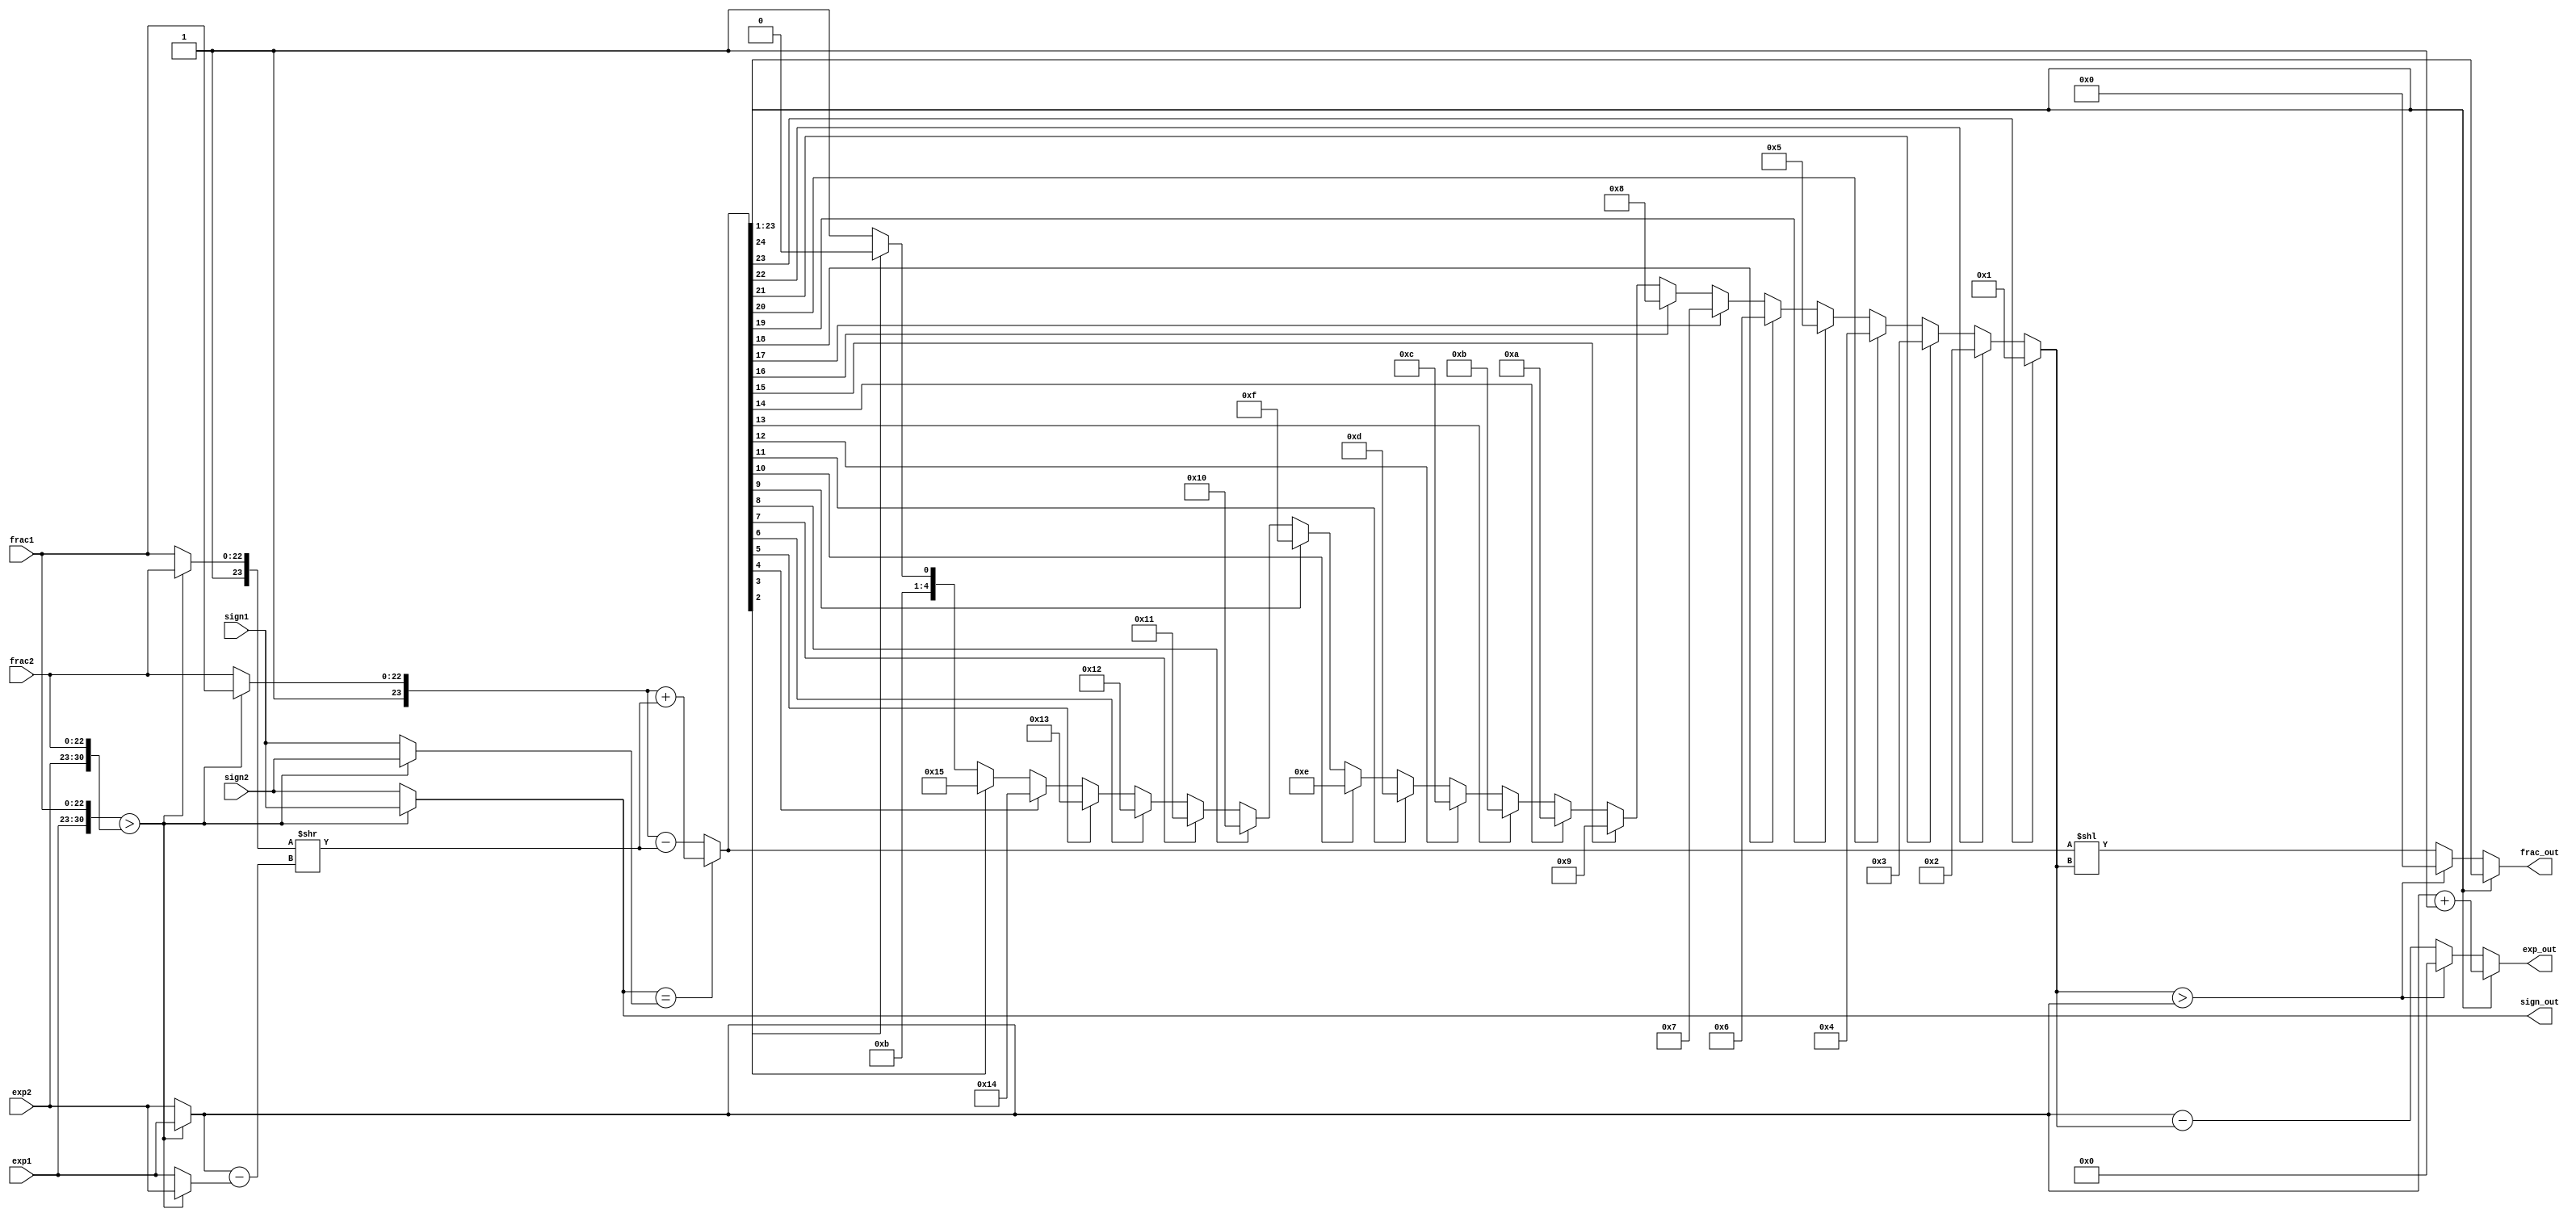
module floatp_adder(
    input wire sign1,sign2,
    input wire[7:0] exp1,exp2,
    input wire [22:0] frac1,frac2,
    output reg sign_out,
    output reg [7:0] exp_out,
    output reg [22:0] frac_out
);
reg signb,signs;
reg [7:0] expb,exps,expn,exp_diff;
reg[23:0] fracb,fracs,fraca;
reg [22:0]fracn;
reg[24:0] sum;
reg [23:0]sum_norm;
reg [4:0]leadzero;
//Finding the larger number
integer i;
always@*
begin
    if({exp1,frac1}>{exp2,frac2})
        begin
            signb=sign1;
            signs=sign2;
            expb=exp1;
            exps=exp2;
            fracb={1'b1,frac1};
            fracs={1'b1,frac2};
        end
    else 
        begin
            signb=sign2;
            signs=sign1;
            expb=exp2;
            exps=exp1;
            fracb={1'b1,frac2};
            fracs={1'b1,frac1};
        end
    
    //NShift operation
    exp_diff=expb-exps;
    fraca=fracs >> exp_diff;

    //Addition/Subtraction
    if(signb==signs)
        sum={1'b0,fracb}+{1'b0,fraca};
    else
        sum={1'b0,fracb}-{1'b0,fraca};

    //Normalization
    //counting leading 0s
    leadzero=23;
        for(i=1;i<24;i=i+1)begin
            if(sum[i])begin
                leadzero=24-i;
            end
            else begin
                leadzero=leadzero;
            end
        end
    sum_norm=sum<<leadzero;
    if(sum[24])begin
        expn=expb+1;
        fracn=sum[23:1];
    end
    else if(leadzero>expb)begin
        expn=0;
        fracn=0;
    end
    else begin
        expn=expb-leadzero;
        fracn=sum_norm[22:0];
    end
    sign_out=signb;
    exp_out=expn;
    frac_out=fracn;
end
endmodule